Lunatic asylums in Bengal annual reports 1912-1924 - 1912-1924
Year: 1912
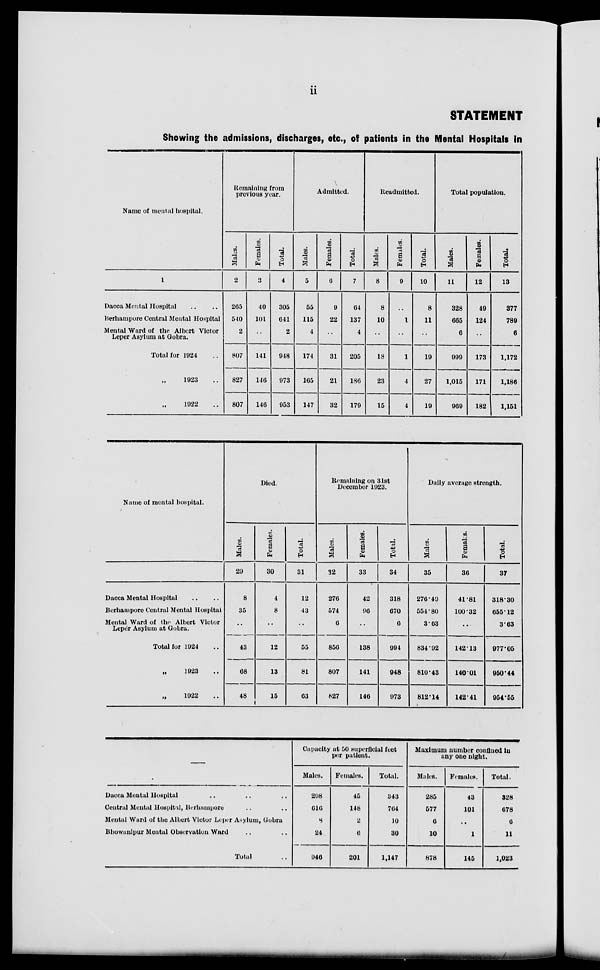
ii
STATEMENT
Showing the admissions, discharges, etc., of patients in the Mental Hospitals in
Name of mental hospital.
1
Dacca Mental Hospital .. ..
Berhampore Central Mental Hospital
Mental Ward of the Albert Victor
Leper Asylum at Gobra.
Total for 1924 ..
„ 1923 ..
„ 1922 ..
Remaining from
previous year.
Males.
2
205
540
2
807
827
807
Females.
3
40
101
..
141
146
146
Total.
4
305
641
2
948
973
953
Admitted.
Males.
5
55
115
4
174
165
147
Females.
6
9
22
..
31
21
32
Total.
7
64
137
4
205
186
179
Readmitted.
Males.
8
8
10
..
18
23
15
Females.
9
..
1
..
1
4
4
Total.
10
8
11
..
19
27
19
Total population.
Males.
11
328
665
6
999
1,015
969
Females.
12
49
124
..
173
171
182
Total.
13
377
789
6
1,172
1,186
1,151
Name of mental hospital.
Dacca Mental Hospital .. ..
Berhampore Central Mental Hospital
Mental Ward of the Albert Victor
Leper Asylum at Gobra. ..
Total for 1924 ..
„ 1923 ..
„ 1922 ..
Died.
Males.
29
8
35
..
43
68
48
Females.
30
4
8
..
12
13
15
Total.
31
12
43
..
55
81
63
Remaining on 31st
December 1923.
Males.
32
276
574
6
856
807
827
Females.
33
42
90
..
138
141
146
Total.
34
318
670
6
994
948
973
Daily average strength.
Males.
35
270.49
554.80
3.63
834.92
810.43
812.14
Females.
36
41.81
100.32
..
142.13
140.01
142.41
Total.
37
318.30
655.12
3.63
977.05
950.44
954.55
—
Dacca Mental Hospital .. .. ..
Central Mental Hospital, Berhampore .. ..
Mental Ward of the Albert Victor Leper Asylum, Gobra
Bhowanipur Mental Observation Ward .. ..
Total ..
Capacity at 50 superficial feet
per patient.
Males.
298
616
8
24
946
Females.
45
148
2
6
201
Total.
343
764
10
30
1,147
Maximum number confined in
any one night.
Males.
285
577
6
10
878
Females.
43
101
..
1
145
Total.
328
678
6
11
1,023